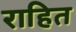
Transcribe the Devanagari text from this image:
राहित